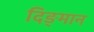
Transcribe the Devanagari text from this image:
दिङ्‌मान